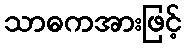
သာဓကအားဖြင့်